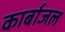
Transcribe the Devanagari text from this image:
कार्बाजल